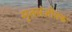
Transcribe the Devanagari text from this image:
मृतसंजीवक